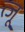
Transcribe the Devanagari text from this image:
त्जू